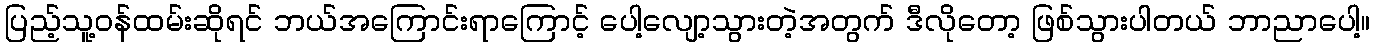
ပြည့်သူ့ဝန်ထမ်းဆိုရင် ဘယ်အကြောင်းရာကြောင့် ပေါ့လျော့သွားတဲ့အတွက် ဒီလိုတော့ ဖြစ်သွားပါတယ် ဘာညာပေါ့။